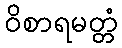
ဝိစာရမတ္တံ